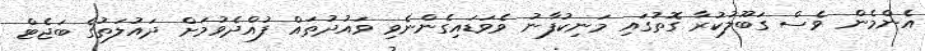
އެންމެން ވެސް ގަބޫލުކުރާ ގޮތުގައި މަނިކުފާނު ވެވަޑައިގެންނެވި ވައުދުތައް ފުއްދެވުމަށް ދައުލަތުގެ ބަޖެޓް